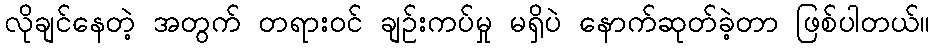
လိုချင်နေတဲ့ အတွက် တရားဝင် ချဉ်းကပ်မှု မရှိပဲ နောက်ဆုတ်ခဲ့တာ ဖြစ်ပါတယ်။